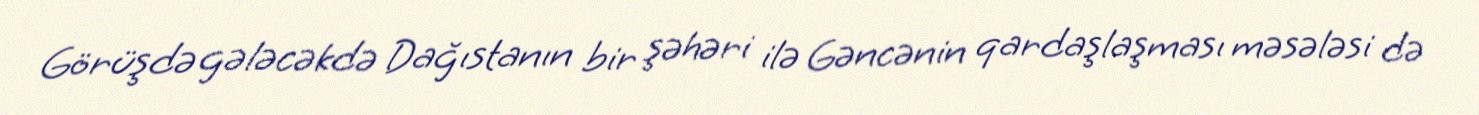
Görüşdə gələcəkdə Dağıstanın bir şəhəri ilə Gəncənin qardaşlaşması məsələsi də